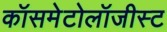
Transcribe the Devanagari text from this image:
कॉसमेटोलॉजीस्ट